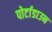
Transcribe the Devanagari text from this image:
पोर्टाडाउन